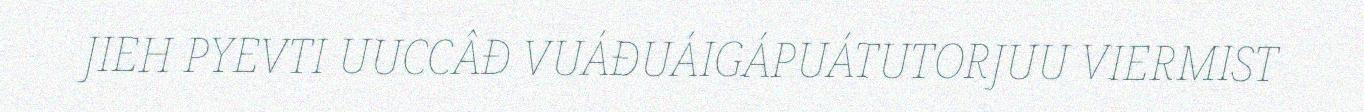
JIEH PYEVTI UUCCÂĐ VUÁĐUÁIGÁPUÁTUTORJUU VIERMIST